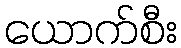
ယောက်စီး